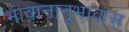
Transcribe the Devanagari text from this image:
भावानानूभावास